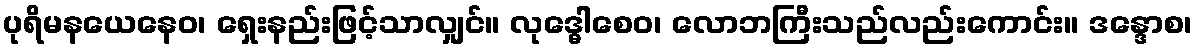
ပုရိမနယေနေဝ၊ ရှေးနည်းဖြင့်သာလျှင်။ လုဒ္ဓေါစေဝ၊ လောဘကြီးသည်လည်းကောင်း။ ဒန္ဒောစ၊